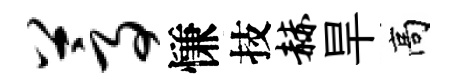
蒿慊技赫旱高